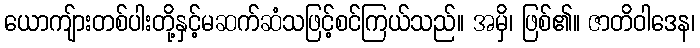
ယောကျ်ားတစ်ပါးတို့နှင့်မဆက်ဆံသဖြင့်စင်ကြယ်သည်။ အမှိ၊ ဖြစ်၏။ ဇာတိဝါဒေန၊